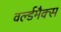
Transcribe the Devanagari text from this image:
वर्ल्डमैक्स